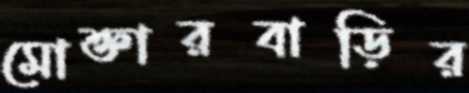
মোক্তারবাড়ির